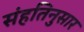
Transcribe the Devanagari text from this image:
संहतिनुसार